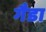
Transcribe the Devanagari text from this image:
गैडा